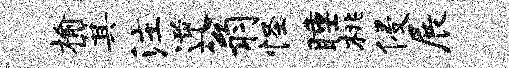
榆箕注逆翁怪睡桃侵展